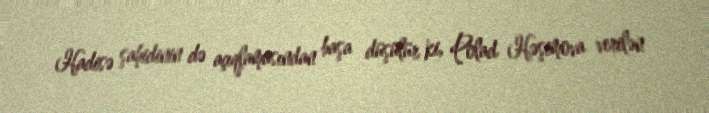
Hadisə şahidinin də açıqlamasından başa düşülür ki, Polad Həşimova verilən